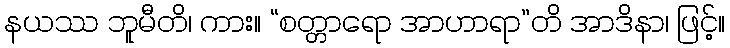
နယဿ ဘူမီတိ၊ ကား။ “စတ္တာရော အာဟာရာ”တိ အာဒိနာ၊ ဖြင့်။